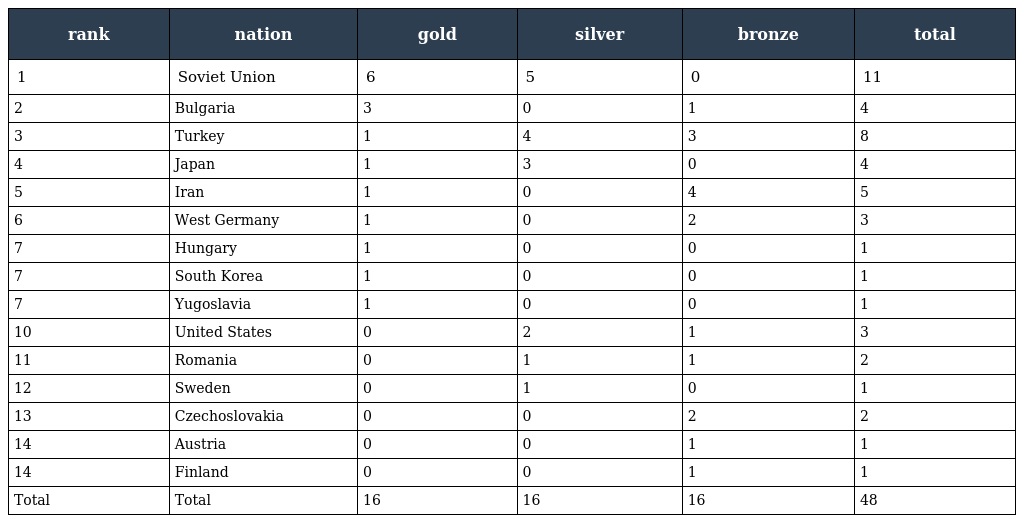
| rank | nation | gold | silver | bronze | total |
 | --- | --- | --- | --- | --- | --- |
 | 1 | Soviet Union | 6 | 5 | 0 | 11 |
 | 2 | Bulgaria | 3 | 0 | 1 | 4 |
 | 3 | Turkey | 1 | 4 | 3 | 8 |
 | 4 | Japan | 1 | 3 | 0 | 4 |
 | 5 | Iran | 1 | 0 | 4 | 5 |
 | 6 | West Germany | 1 | 0 | 2 | 3 |
 | 7 | Hungary | 1 | 0 | 0 | 1 |
 | 7 | South Korea | 1 | 0 | 0 | 1 |
 | 7 | Yugoslavia | 1 | 0 | 0 | 1 |
 | 10 | United States | 0 | 2 | 1 | 3 |
 | 11 | Romania | 0 | 1 | 1 | 2 |
 | 12 | Sweden | 0 | 1 | 0 | 1 |
 | 13 | Czechoslovakia | 0 | 0 | 2 | 2 |
 | 14 | Austria | 0 | 0 | 1 | 1 |
 | 14 | Finland | 0 | 0 | 1 | 1 |
 | Total | Total | 16 | 16 | 16 | 48 |